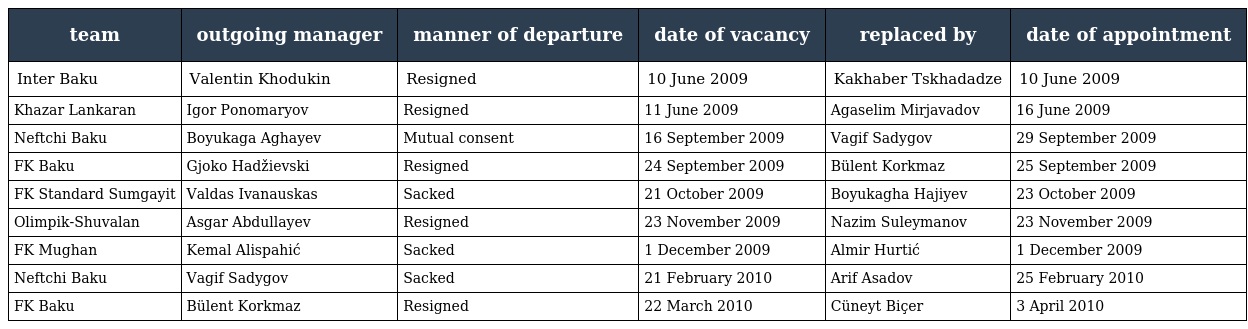
| team | outgoing manager | manner of departure | date of vacancy | replaced by | date of appointment |
 | --- | --- | --- | --- | --- | --- |
 | Inter Baku | Valentin Khodukin | Resigned | 10 June 2009 | Kakhaber Tskhadadze | 10 June 2009 |
 | Khazar Lankaran | Igor Ponomaryov | Resigned | 11 June 2009 | Agaselim Mirjavadov | 16 June 2009 |
 | Neftchi Baku | Boyukaga Aghayev | Mutual consent | 16 September 2009 | Vagif Sadygov | 29 September 2009 |
 | FK Baku | Gjoko Hadžievski | Resigned | 24 September 2009 | Bülent Korkmaz | 25 September 2009 |
 | FK Standard Sumgayit | Valdas Ivanauskas | Sacked | 21 October 2009 | Boyukagha Hajiyev | 23 October 2009 |
 | Olimpik-Shuvalan | Asgar Abdullayev | Resigned | 23 November 2009 | Nazim Suleymanov | 23 November 2009 |
 | FK Mughan | Kemal Alispahić | Sacked | 1 December 2009 | Almir Hurtić | 1 December 2009 |
 | Neftchi Baku | Vagif Sadygov | Sacked | 21 February 2010 | Arif Asadov | 25 February 2010 |
 | FK Baku | Bülent Korkmaz | Resigned | 22 March 2010 | Cüneyt Biçer | 3 April 2010 |